Indian journal of veterinary science and animal husbandry - Volume 14,
Year: 1944
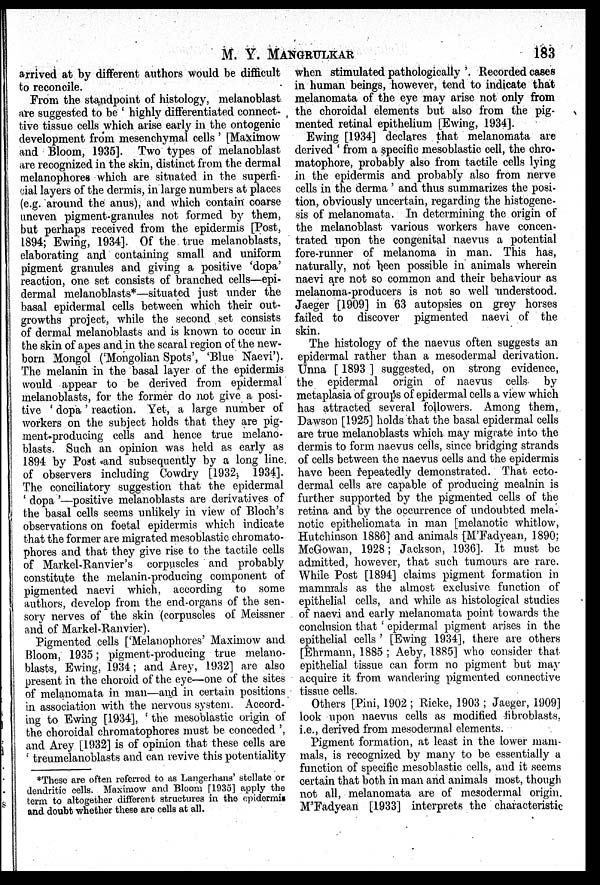
M. Y.
MANGRULKAR
183
arrived at by different authors would be difficult
to reconcile.
From the standpoint of histology, melanoblast
are suggested to be ' highly differentiated connect-
tive tissue cells which arise early in the ontogenic
development from mesenchymal cells' [Maximow
and Bloom, 1935]. Two types of melanoblast
are recognized in the skin, distinct from the dermal
melanophores which are situated in the superfi-
cial layers of the dermis, in large numbers at places
(e.g. around the anus), and which contain coarse
uneven pigment-granules not formed by them,
but perhaps received from the epidermis [Post,
1894; Ewing, 1934]. Of the true melanoblasts,
elaborating and containing small and uniform
pigment granules and giving a positive 'dopa'
reaction, one set consists of branched cells—epi-
dermal melanoblasts*—situated just under the
basal epidermal cells between which their out-
growths project, while the second set consists
of dermal melanoblasts and is known to occur in
the skin of apes and in the scaral region of the new-
born Mongol ('Mongolian Spots', 'Blue Naevi').
The melanin in the basal layer of the epidermis
would appear to be derived from epidermal
melanoblasts, for the former do not give a posi-
tive 'dopa' reaction. Yet, a large number of
workers on the subject holds that they are pig-
ment-producing cells and hence true melano-
blasts. Such an opinion was held as early as
1894 by Post and subsequently by a long line.
of observers including Cowdry [1932, 1934].
The conciliatory suggestion that the epidermal
'dopa'—positive melanoblasts are derivatives of
the basal cells seems unlikely in view of Bloch's
observations on foetal epidermis which indicate
that the former are migrated mesoblastic chromato-
phores and that they give rise to the tactile cells
of Markel-Ranvier's corpuscles and probably
constitute the melanin-producing component of
pigmented naevi which, according to some
authors, develop from the end-organs of the sen-
sory nerves of the skin (corpuscles of Meissner
and of Markel-Ranvier).
Pigmented cells ['Melanophores' Maximow and
Bloom, 1935; pigment-producing true melano-
blasts, Ewing, 1934 ; and Arey, 1932] are also
present in the choroid of the eye—one of the sites
of melanomata in man—and in certain positions
in association with the nervous system. Accord-
ing to Ewing [1934], 'the mesoblastic origin of
the choroidal chromatophores must be conceded',
and Arey [1932] is of opinion that these cells are
' treumelanoblasts and can revive this potentiality
when stimulated pathologically '. Recorded cases
in human beings, however, tend to indicate that
melanomata of the eye may arise not only from
the choroidal elements but also from the pig-
mented retinal epithelium [Ewing, 1934].
Ewing [1934] declares that melanomata are
derived 'from a specific mesoblastic cell, the chro-
matophore, probably also from tactile cells lying
in the epidermis and probably also from nerve
cells in the derma' and thus summarizes the posi-
tion, obviously uncertain, regarding the histogene-
sis of melanomata. In determining the origin of
the melanoblast various workers have concen-
trated upon the congenital naevus a potential
fore-runner of melanoma in man. This has,
naturally, not been possible in animals wherein
naevi are not so common and their behaviour as
melanoma-producers is not so well understood.
Jaeger [1909] in 63 autopsies on grey horses
failed to discover pigmented naevi of the
skin.
The histology of the naevus often suggests an
epidermal rather than a mesodermal derivation.
Unna [1893] suggested, on strong evidence,
the epidermal origin of naevus cells by
metaplasia of groups of epidermal cells a view which
has attracted several followers. Among them,
Dawson [1925] holds that the basal epidermal cells
are true melanoblasts which may migrate into the
dermis to form naevus cells, since bridging strands
of cells between the naevus cells and the. epidermis
have been repeatedly demonstrated. That ecto-
dermal cells are capable of producing mealnin is
further supported by the pigmented cells of the
retina and by the occurrence of undoubted mela-
notic epitheliomata in man [melanotic whitlow,
Hutchinson 1886] and animals [M'Fadyean, 1890;
McGowan, 1928 ; Jackson, 1936]. It must be
admitted, however, that such tumours are rare.
While Post [1894] claims pigment formation in
mammals as the almost exclusive function of
epithelial cells, and while as histological studies
of naevi and early melanomata point towards the
conclusion that 'epidermal pigment arises in the
epithelial cells' [Ewing 1934], there are others
[Ehrmann, 1885 ; Aeby, 1885] who consider that
epithelial tissue can form no pigment but may
acquire it from wandering pigmented connective
tissue cells.
Others [Pini, 1902; Rieke, 1903; Jaeger, 1909]
look upon naevus cells as modified fibroblasts,
i.e., derived from mesodermal elements.
Pigment formation, at least in the lower mam-
mals, is recognized by many to be essentially a
function of specific mesoblastic cells, and it seems
certain that both in man and animals most, though
not all, melanomata are of mesodermal origin.
M'Fadyean [1933] interprets the characteristic
*These are often referred to as Langerhans' stellate or
dendritic cells. Maximow and Bloom [1935] apply the
term to altogether different structures in the epidermis
and doubt whether these are cells at all.